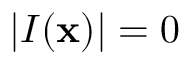
| I ( \mathbf { x } ) | = 0